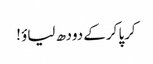
کرپا کرکے دودھ لیاؤ !